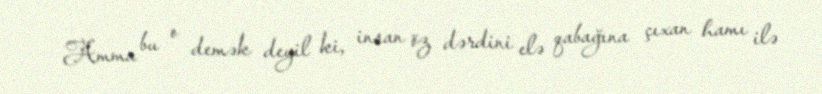
Amma bu o demək deyil ki, insan öz dərdini elə qabağına çıxan hamı ilə